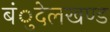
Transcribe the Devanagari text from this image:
बंुदेलखण्ड